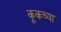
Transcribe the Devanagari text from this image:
कूकच्या